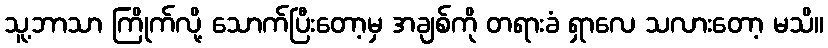
သူ့ဘာသာ ကြိုက်လို့ သောက်ပြီးတော့မှ အချစ်ကို တရားခံ ရှာလေ သလားတော့ မသိ။